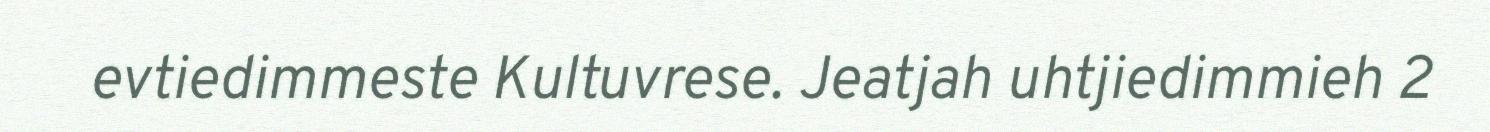
evtiedimmeste Kultuvrese. Jeatjah uhtjiedimmieh 2